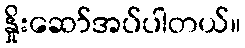
နှိုးဆော်အပ်ပါတယ်။